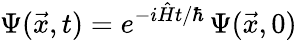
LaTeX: \Psi(\vec{x},t)=e^{-i\hat{H}t/\hbar}\, \Psi(\vec{x},0)